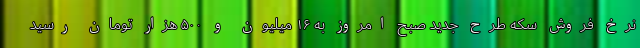
نرخ فروش سکه طرح جدید صبح امروز به ۱۶ میلیون و ۵۰۰ هزار تومان رسید